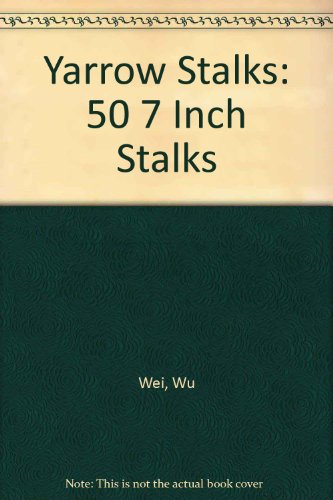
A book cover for Yarrow Stalks: 50 7 Inch Stalks; Wu Wei; Religion & Spirituality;